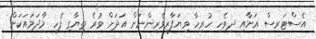
އެސްޓަރސް އަށާއި ދިވެހި ހުރިހާ ވިޔަފާރިވެރިންނަށް އަދަށް ވުރެ ތިޔާގި ފެހި މާދަމައަކަށް